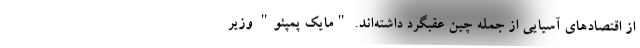
از اقتصادهای آسیایی از جمله چین عقبگرد داشته‌اند. "مایک پمپئو" وزیر